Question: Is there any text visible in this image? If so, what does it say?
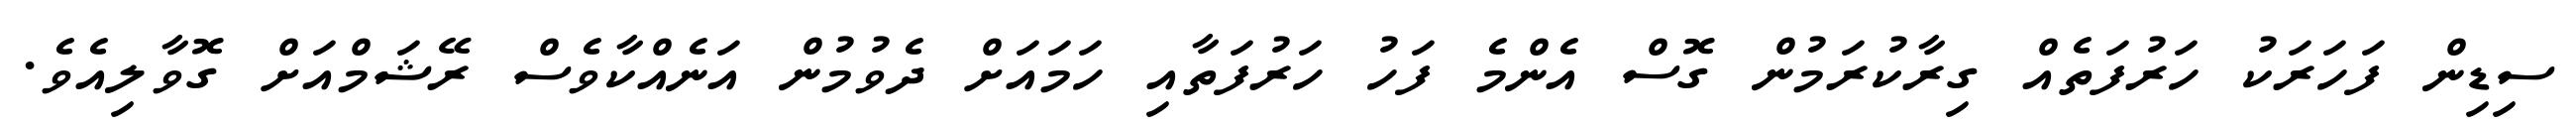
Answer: ސިޑިން ފަހަރަކު ހަރުފަތެއް ގިރާކުރަމުން ގޮސް އެންމެ ފަހު ހަރުފަތާއި ހަމައަށް ދެވުމުން އަނެއްކާވެސް ރޭޝަމްއަށް ގޮވާލިއެވެ.